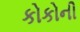
કોકોની